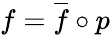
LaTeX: f={\overline{{f}}}\circ p